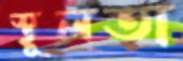
স্থূলতা